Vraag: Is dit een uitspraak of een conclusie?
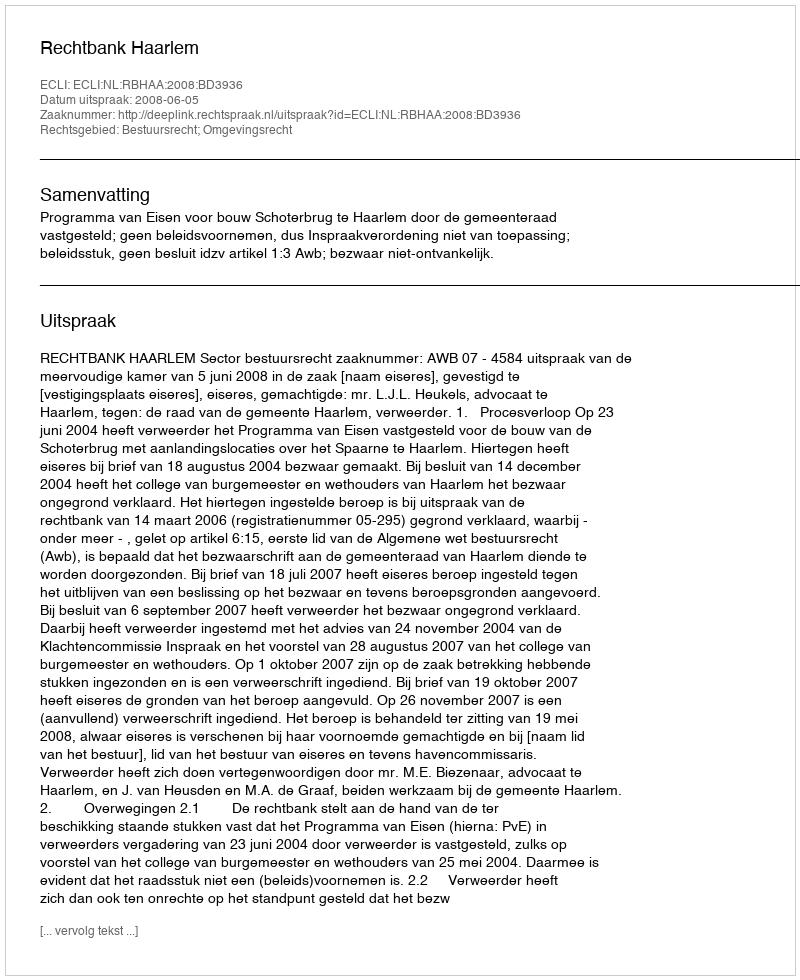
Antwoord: Uitspraak